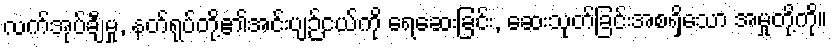
လက်အုပ်ချီမှု, နတ်ရုပ်တို့၏အင်းပျဉ်ငယ်ကို ရေဆေးခြင်း, ဆေးသုတ်ခြင်းအစရှိသော အမှုတို့ကို။